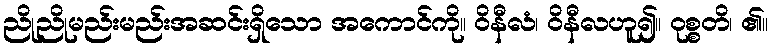
ညိုညိုမည်းမည်းအဆင်းရှိသော အကောင်ကို။ ဝိနီလံ၊ ဝိနီလဟူ၍။ ဝုစ္စတိ၊ ၏။